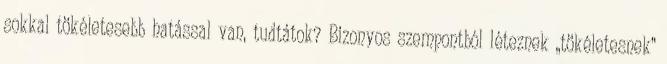
sokkal tökéletesebb hatással van, tudtátok? Bizonyos szempontból léteznek „tökéletesnek”